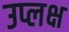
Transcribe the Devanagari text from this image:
उप्लक्ष